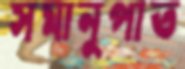
সমানুপাত